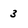
Character: 3